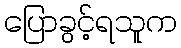
ပြောခွင့်ရသူက